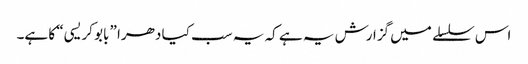
اس سلسلے میں گزارش یہ ہے کہ یہ سب کیا دھرا ”بابو کریسی“ کا ہے۔